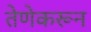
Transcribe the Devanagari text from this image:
तेणेकरून